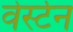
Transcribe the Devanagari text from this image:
वेर्स्टन